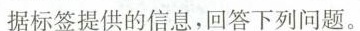
据标签提供的信息，回答下列问题。